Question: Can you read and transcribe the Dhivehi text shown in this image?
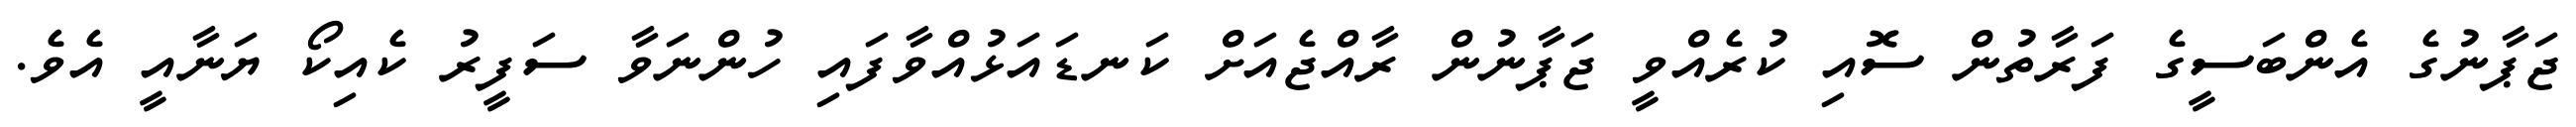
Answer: ޖަޕާނުގެ އެންބަސީގެ ފަރާތުން ސޮއި ކުރެއްވީ ޖަޕާނުން ރާއްޖެއަށް ކަނޑައަޅުއްވާފައި ހުންނަވާ ސަފީރު ކެއިކޯ ޔަނާއީ އެވެ.